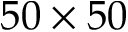
5 0 \times 5 0